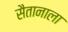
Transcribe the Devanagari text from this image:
सैतानाला